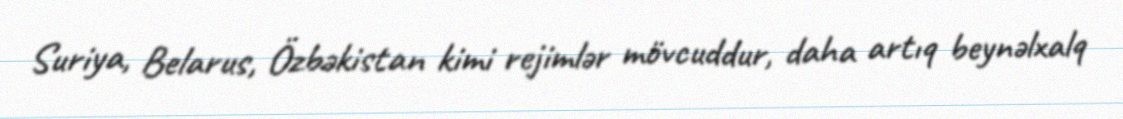
Suriya, Belarus, Özbəkistan kimi rejimlər mövcuddur, daha artıq beynəlxalq